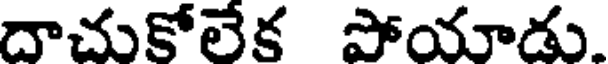
దాచుకోలేక పోయాడు.